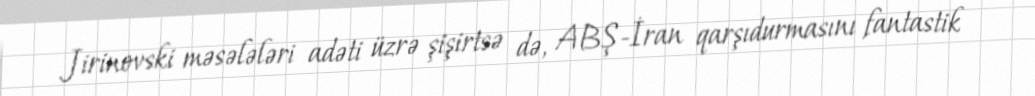
Jirinovski məsələləri adəti üzrə şişirtsə də, ABŞ-İran qarşıdurmasını fantastik